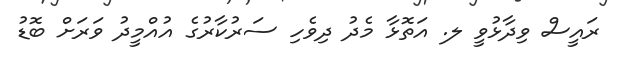
ރައީސް ވިދާޅުވީ ލ. އަތޮޅާ މެދު ދިވެހި ސަރުކާރުގެ އުއްމީދު ވަރަށް ބޮޑު